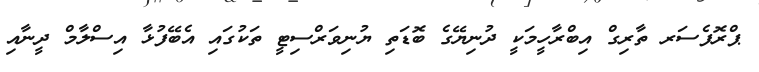
ޕްރޮފެސަރ ތާރިގް އިބްރާހީމަކީ ދުނިޔޭގެ ބޮޑަތި ޔުނިވަރްސިޓީ ތަކުގައި އެބޭފުޅާ އިސްލާމް ދީނާއި